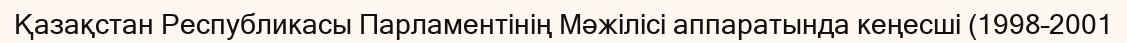
Қазақстан Республикасы Парламентінің Мәжілісі аппаратында кеңесші (1998–2001